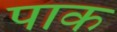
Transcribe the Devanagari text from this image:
पाक